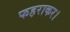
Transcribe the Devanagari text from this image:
फहराकर।